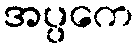
အပ္ပကေ